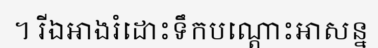
។ រីឯអាងរំដោះទឹកបណ្តោះអាសន្ន